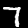
Digit: 7